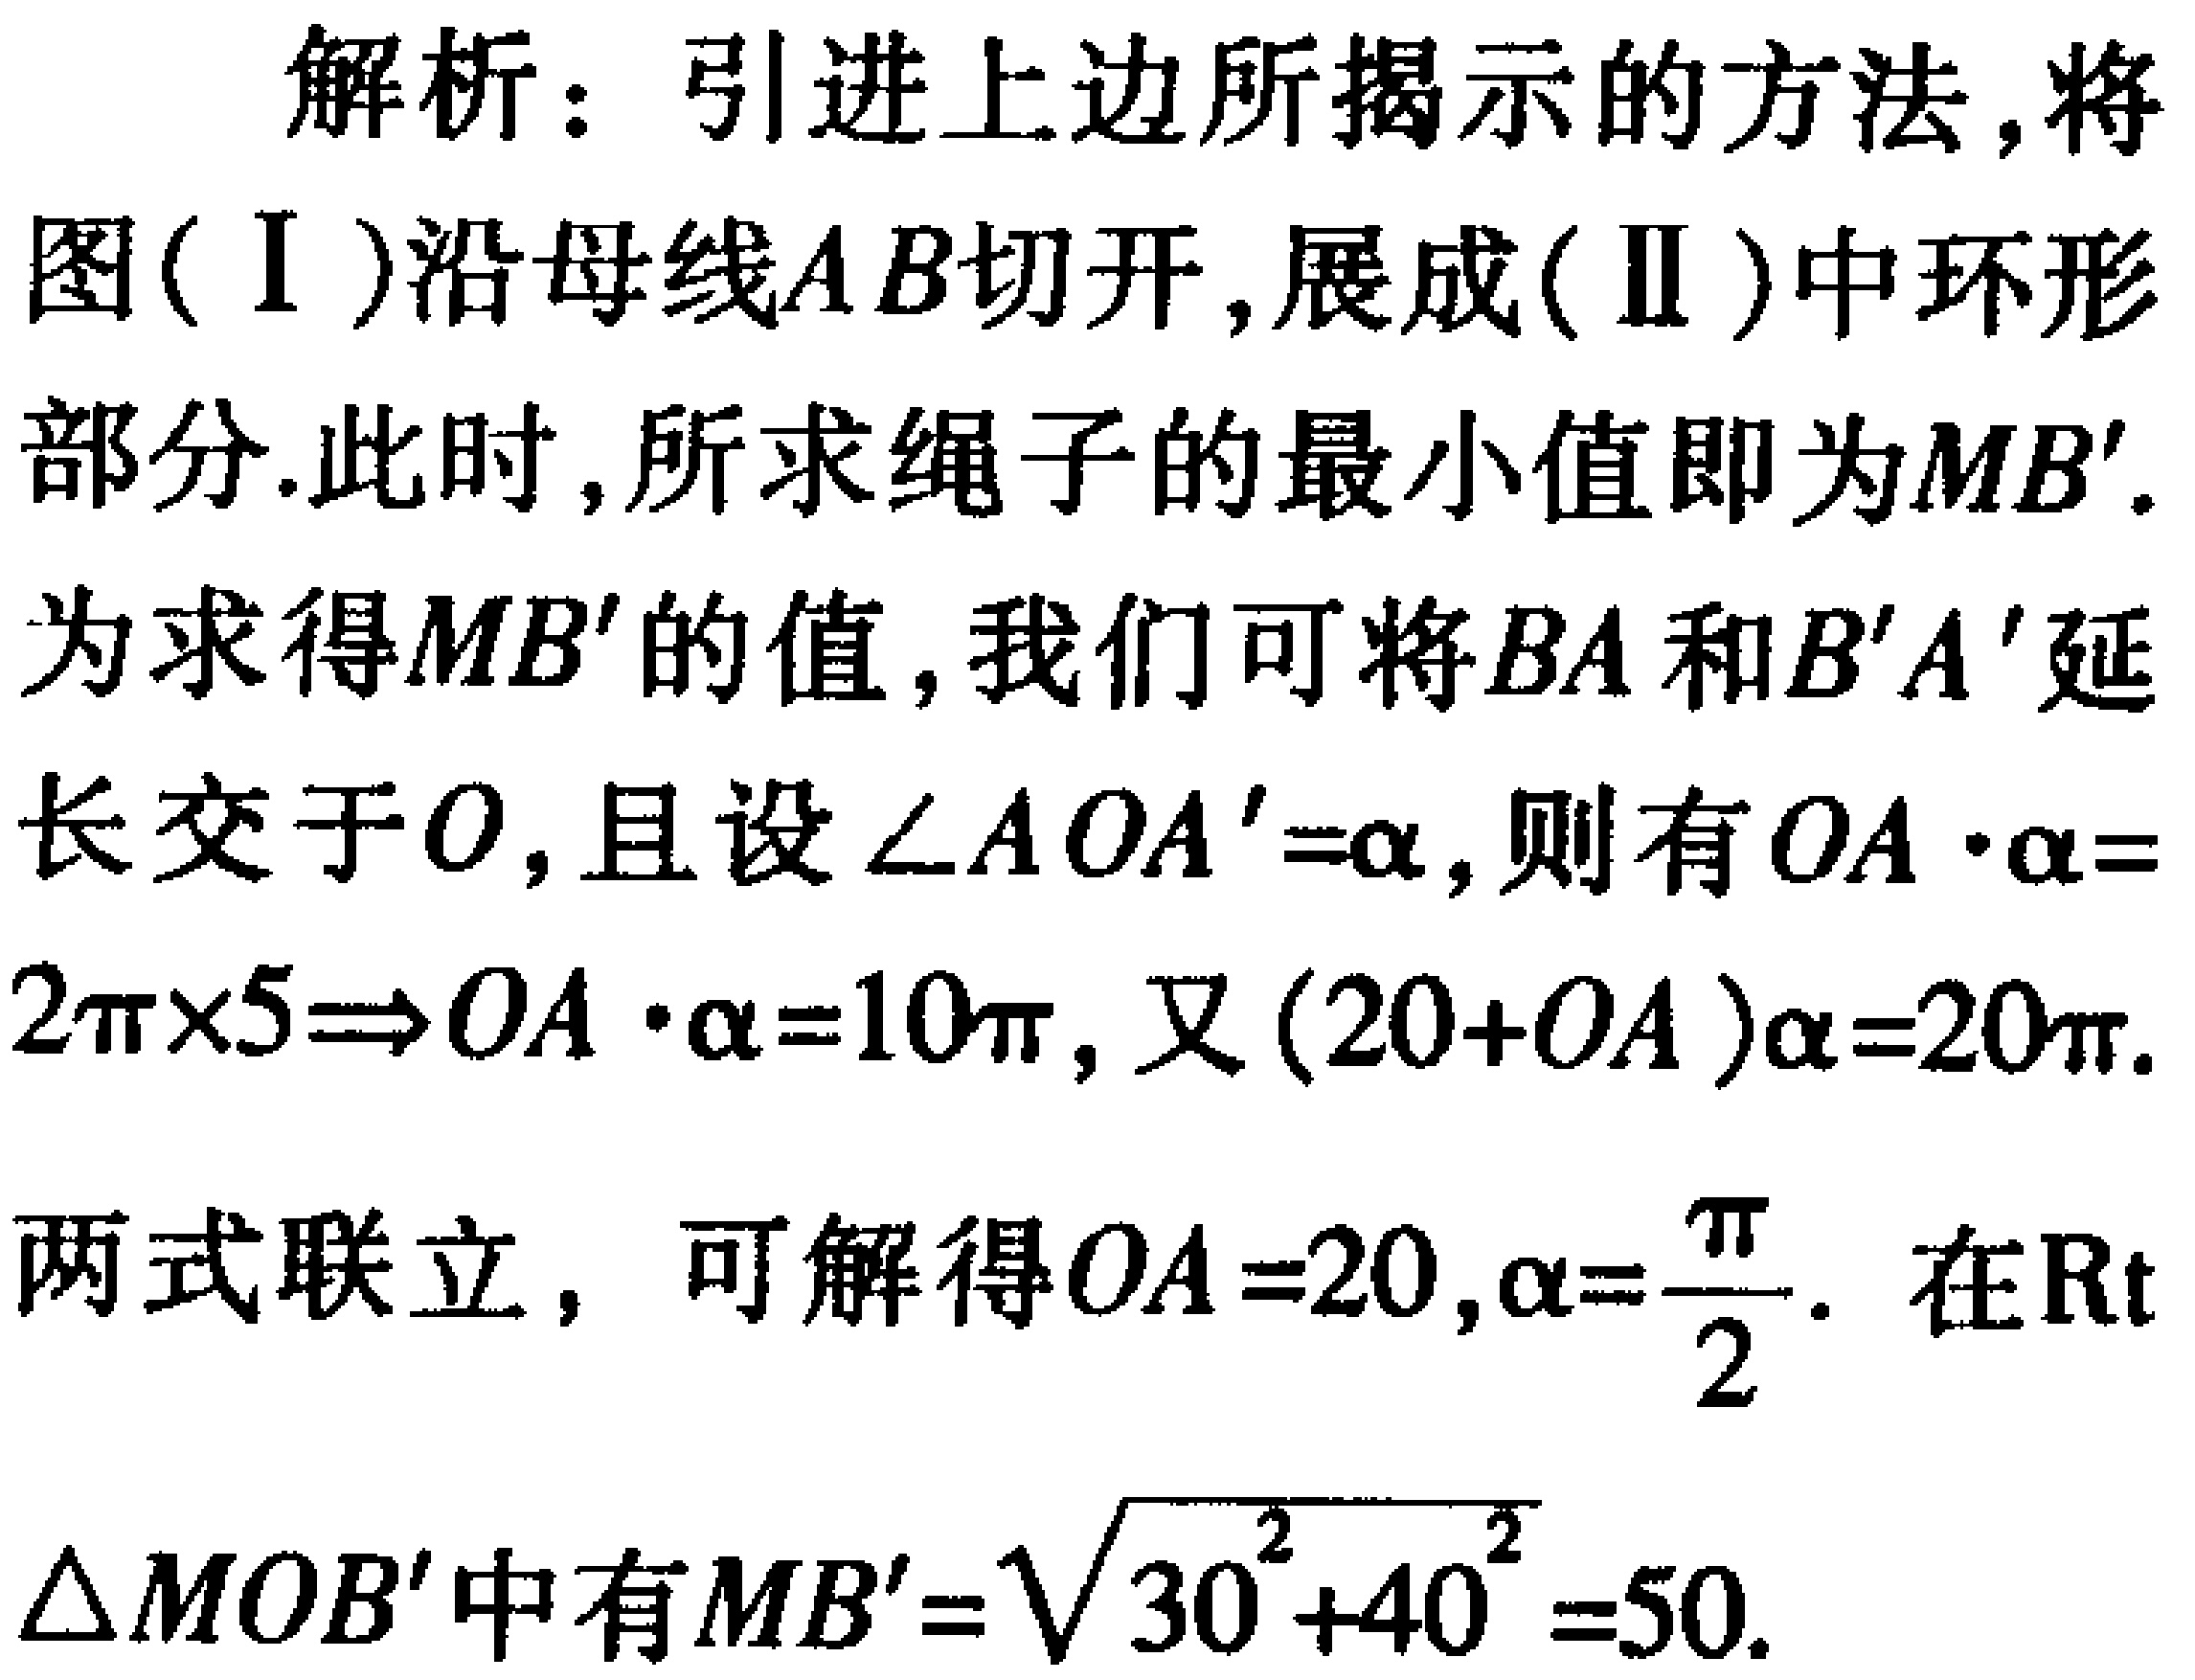
解析：引进上边所揭示的方法,将图(Ⅰ)沿母线\(AB\)切开,展成(Ⅱ)中环形部分.此时,所求绳子的最小值即为\(MB'\).为求得\(MB'\)的值,我们可将\(BA\)和\(B'A'\)延长交于\(O\),且设\(\angle AOA'=\alpha\),则有\(OA\cdot\alpha = 2\pi\times5\Rightarrow OA\cdot\alpha = 10\pi\),又\((20 + OA)\alpha = 20\pi\).两式联立，可解得\(OA = 20,\alpha=\frac{\pi}{2}\). 在\(Rt\triangle MOB'\)中有\(MB'=\sqrt{30^{2}+40^{2}} = 50\).